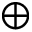
\oplus